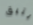
يتبق